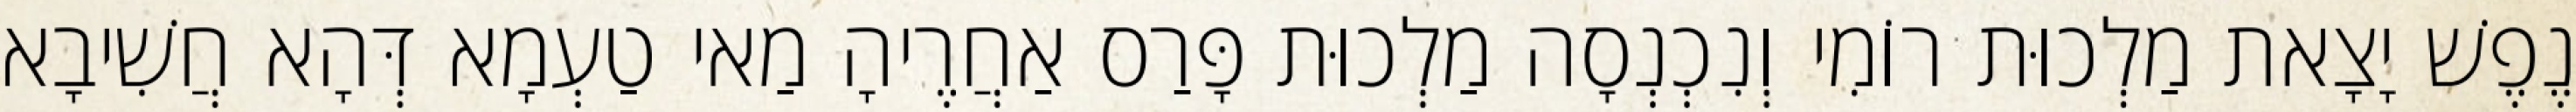
נֶפֶשׁ יָצָאת מַלְכוּת רוֹמִי וְנִכְנְסָה מַלְכוּת פָּרַס אַחֲרֶיהָ מַאי טַעְמָא דְּהָא חֲשִׁיבָא